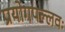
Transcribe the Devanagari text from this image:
प्रयोगपल्लवः